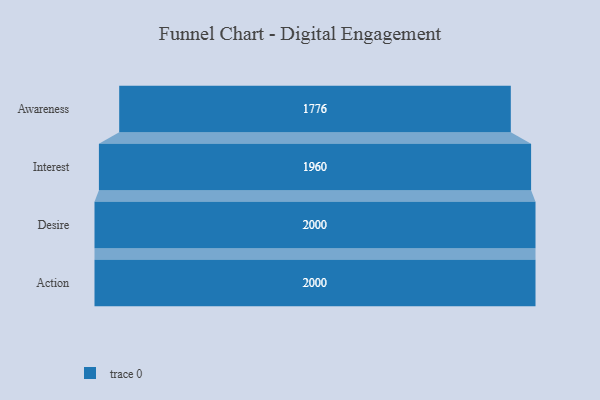
{"axis": {"x": "Stage", "y": "Value"}, "legend": [""], "data": [{"x": "Awareness", "y": 1776.0, "type": ""}, {"x": "Interest", "y": 1960.0, "type": ""}, {"x": "Desire", "y": 2000, "type": ""}, {"x": "Action", "y": 2000, "type": ""}]}